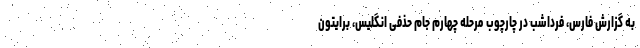
به گزارش فارس، فرداشب در چارچوب مرحله چهارم جام حذفی انگلیس، برایتون